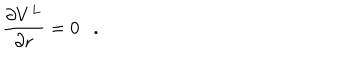
{ \frac { \partial V ^ { L } } { \partial r } } = 0 .